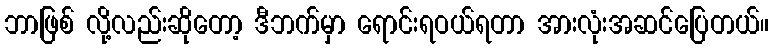
ဘာဖြစ် လို့လည်းဆိုတော့ ဒီဘက်မှာ ရောင်းရဝယ်ရတာ အားလုံးအဆင်ပြေတယ်။